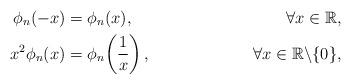
LaTeX: \begin{align*}\phi_n(-x) &= \phi_n(x), &\forall x \in \mathbb{R}, \\ x^2 \phi_n(x) &= \phi_n\!\left(\frac{1}{x}\right), &\forall x\in \mathbb{R} \backslash \{0\}, \end{align*}